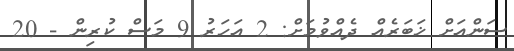
ސަންއަށް ޚަބަރެއް ދެއްވުމަށް: 2 އަހަރު 9 މަސް ކުރިން - 20